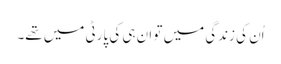
اُن کی زندگی میں تو ان ہی کی پارٹی میں تھے۔